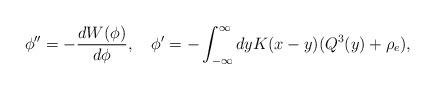
LaTeX: \begin{align*}\phi'' = - {d W(\phi) \over d \phi}, \quad \phi' = - \int_{-\infty}^\infty dy K(x-y) (Q^3(y) + \rho_e), \end{align*}